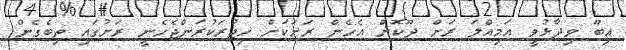
އިބޫ ވިދާޅުވީ އަމިއްލަ ރަށް ދޫކޮށް އެހެން ރަށަކަށް ހިޖުރަކުރަންޖެހެނީ ރަށުގައި ތިބެގެން